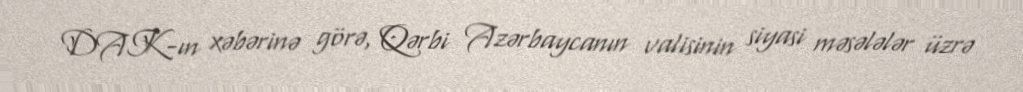
DAK-ın xəbərinə görə, Qərbi Azərbaycanın valisinin siyasi məsələlər üzrə